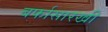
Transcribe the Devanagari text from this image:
बर्फासारखी